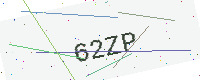
Text: 62ZP